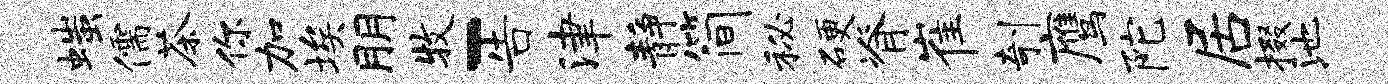
嗤儒茶你加埃朋牧-告津静简秘硬脊崔剞鹰陀居掇池